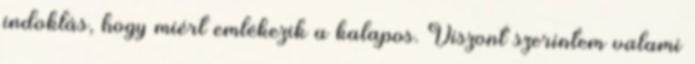
indoklás, hogy miért emlékezik a kalapos. Viszont szerintem valami